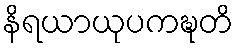
နိရယာယုပကဍ္ဎတိ